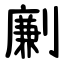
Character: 劆